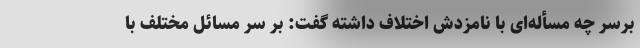
برسر چه مسأله‌ای با نامزدش اختلاف داشته گفت: بر سر مسائل مختلف با